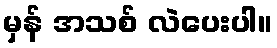
မှန် အသစ် လဲပေးပါ။